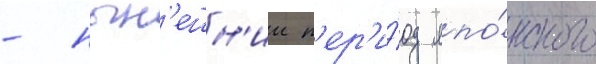
- нын'ешн'ии п'ер'и́од япо́нского